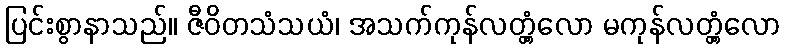
ပြင်းစွာနာသည်။ ဇီဝိတသံသယံ၊ အသက်ကုန်လတ္တံ့လော မကုန်လတ္တံ့လော